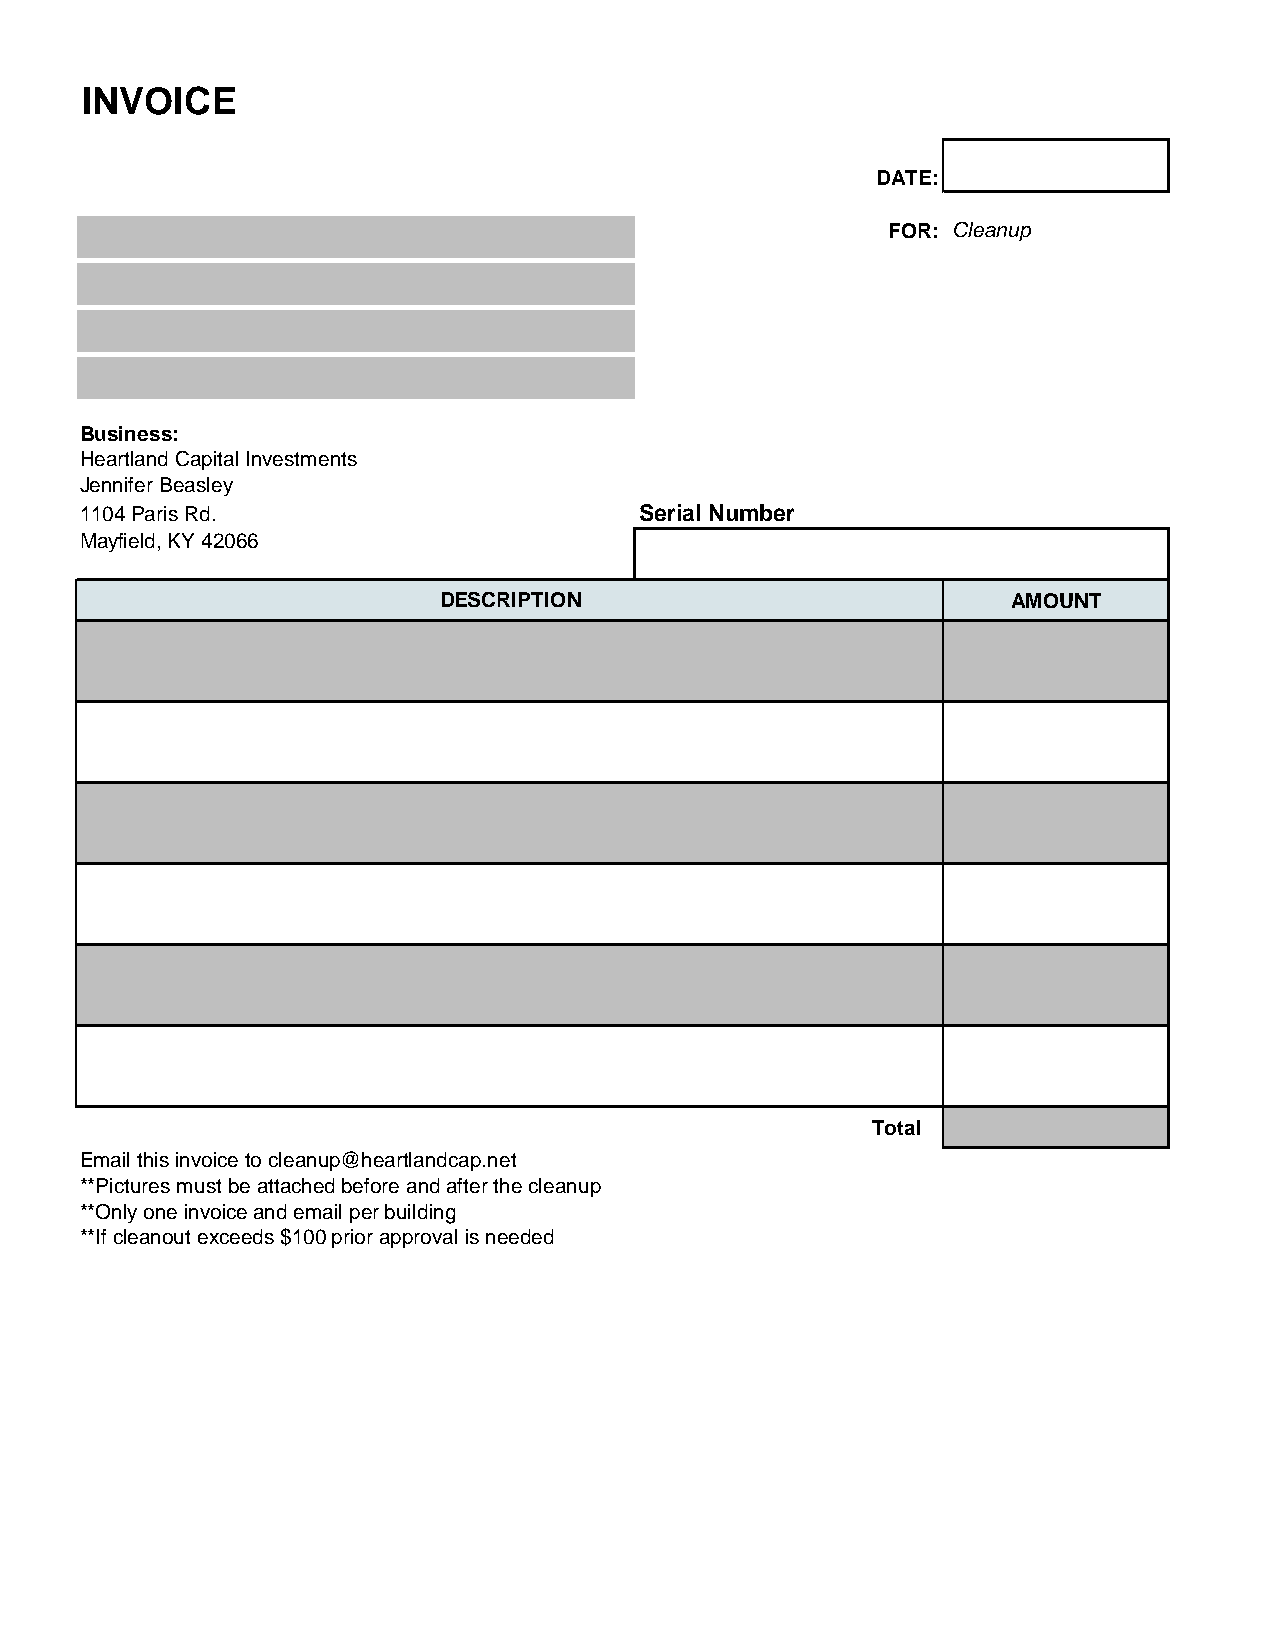
INVOICE
 DATE:
 FOR: Cleanup
 Business:
 Heartland Capital Investments
 Jennifer Beasley
 1104 Paris Rd.                       Serial Number
 Mayfield, KY 42066
 DESCRIPTION                           AMOUNT
 Total
 Email this invoice to cleanup@heartlandcap.net
 **Pictures must be attached before and after the cleanup
 **Only one invoice and email per building
 **If cleanout exceeds $100 prior approval is needed